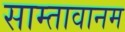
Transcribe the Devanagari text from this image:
साम्तावानम